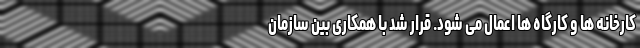
کارخانه ها و کارگاه ها اعمال می شود. قرار شد با همکاری بین سازمان